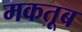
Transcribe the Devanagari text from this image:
मकतूब